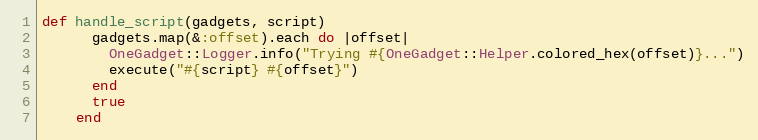
Language: Ruby
def handle_script(gadgets, script)
      gadgets.map(&:offset).each do |offset|
        OneGadget::Logger.info("Trying #{OneGadget::Helper.colored_hex(offset)}...")
        execute("#{script} #{offset}")
      end
      true
    end